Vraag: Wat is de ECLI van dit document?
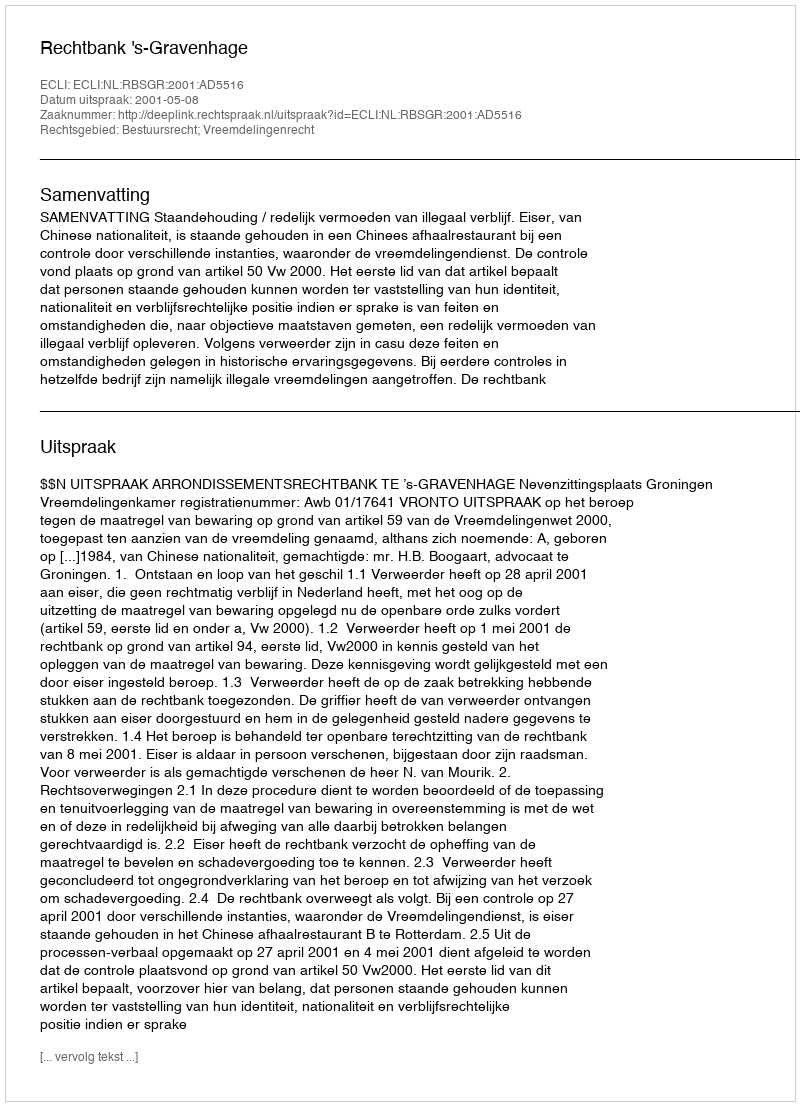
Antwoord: ECLI:NL:RBSGR:2001:AD5516